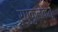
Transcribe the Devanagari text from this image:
रघुकुलकेतू